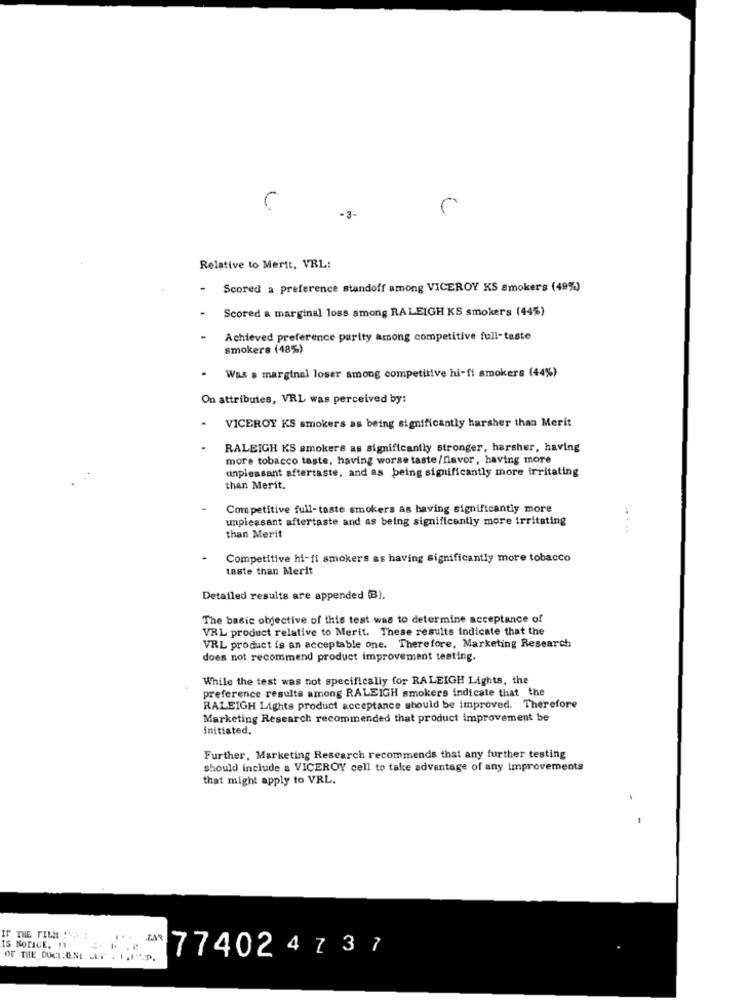
-3-
Relative to Merit, VRL:
Scored a preference standoff among VICEROY KS Smokers (49%)
Scored a marginal loss among RALEIGH KS smokers (44%)
Achieved preference parity among competitive full- taste
smokers (48%)
Was a marginal loser among competitive hi-fi smokers (44%)
On attributes, VRL was perceived by:
VICEROY KS smokers as being significantly harsher than Merit
RALEIGH KS smokers as significantly stronger, harsher, having
more tobacco taste, having worse taste/flavor, having more
unpleasant aftertaste, and as being significantly more irritating
than Merit.
Competitive full-taste smokers as having significantly more
unpleasant aftertaste and as being significantly more irritating
than Merit
Competitive hi-fi smokers as having significantly more tobacco
taste than Merit
Detailed results are appended (B).
The basic objective of this test was to determine acceptance of
VRL product relative to Merit. These results indicate that the
VRL product is an acceptable one. Therefore, Marketing Research
does not recommend product improvement testing.
While the test was not specifically for RALEIGH Lights, the
preference results among RALEIGH smokers indicate that the
RALEIGH Lights product acceptance should be improved. Therefore
Marketing Research recommended that product improvement be
initiated,
Further, Marketing Research recommends that any further testing
should include a VICEROY cell to take advantage of any improvements
that might apply to VRL.
IF THE FILM !!
IS NOTICE. 11
77402 4 7 37
OF THE DOCUMENT ALT . 1.I.P.